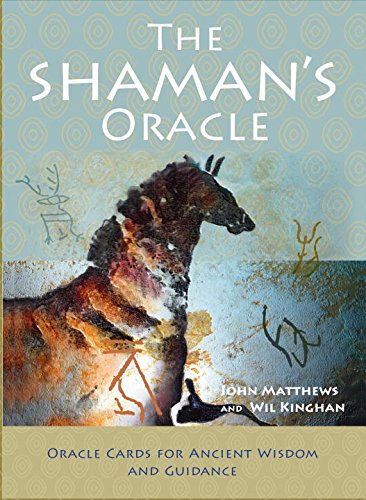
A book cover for The Shaman's Oracle: Oracle Cards for Ancient Wisdom and Guidance; John Matthews; Religion & Spirituality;